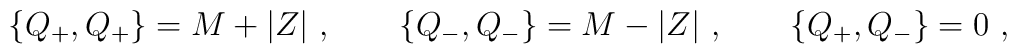
\{Q_+,Q_+\}=M+|Z|\ ,\qquad \{Q_-,Q_-\}=M-|Z|\ ,\qquad\{Q_+,Q_-\}=0\ ,